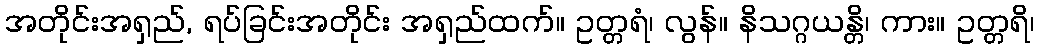
အတိုင်းအရှည်, ရပ်ခြင်းအတိုင်း အရှည်ထက်။ ဥတ္တရံ၊ လွန်။ နိသဂ္ဂယန္တိ၊ ကား။ ဥတ္တရိ၊